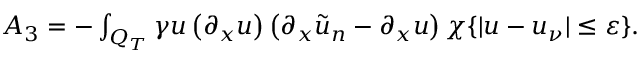
\begin{array} { r } { A _ { 3 } = - \int _ { Q _ { T } } \gamma u \left( \partial _ { x } u \right) \left( \partial _ { x } \tilde { u } _ { n } - \partial _ { x } u \right) \chi \{ | u - u _ { \nu } | \leq \varepsilon \} . } \end{array}